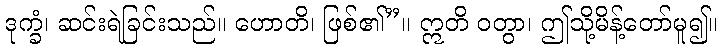
ဒုက္ခံ၊ ဆင်းရဲခြင်းသည်။ ဟောတိ၊ ဖြစ်၏”။ ဣတိ ဝတွာ၊ ဤသို့မိန့်တော်မူ၍။